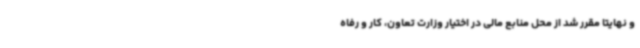
و نهایتا مقرر شد از محل منابع مالی در اختیار وزارت تعاون، کار و رفاه